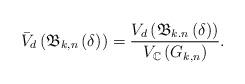
LaTeX: \begin{align*}\bar V_d \left( {\mathfrak{B}_{k,n} \left( \delta \right)} \right) = \frac{{V_d\left( {\mathfrak{B}_{k.n} \left( \delta \right)} \right)}}{{V_\mathbb{C} \left( {G_{k,n} } \right)}}.\end{align*}